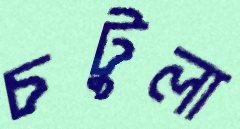
চটুলা